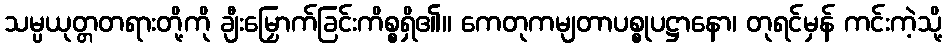
သမ္ပယုတ္တတရားတို့ကို ချီးမြှောက်ခြင်းကိစ္စရှိ၏။ ကေတုကမျတာပစ္စုပဋ္ဌာနော၊ တုရင်မှန် ကင်းကဲ့သို့